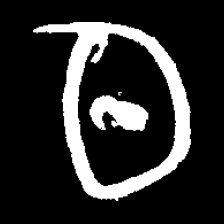
Pyu character \u2014 Myanmar letter: ထ (romanized: tha)